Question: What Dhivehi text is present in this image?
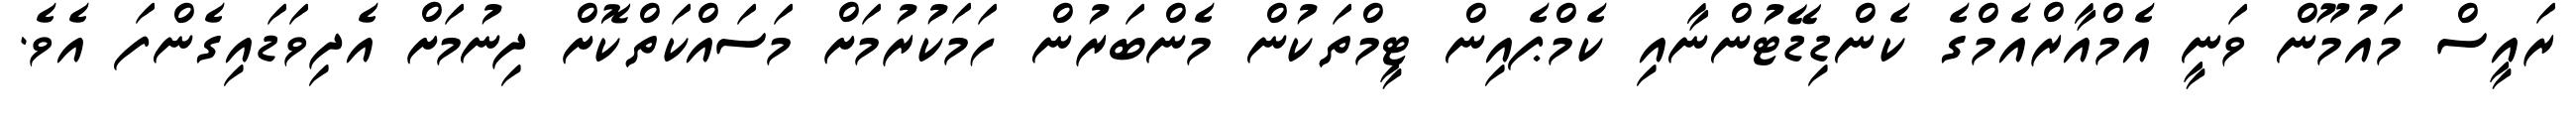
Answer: ރައީސް މައުމޫން ވަނީ އެމްއާރްއެމްގެ ކެންޑިޑޭޓުންނާއި ކެމްޕެއިން ޓީމްތަކުން މެންބަރުން ހަމަކުރުމަށް މަސައްކަތްކޮށް ދިނުމަށް އެދިވަޑައިގެންފަ އެވެ.